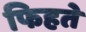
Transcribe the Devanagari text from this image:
फिहते